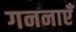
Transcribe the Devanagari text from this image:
गननाएँ